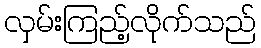
လှမ်းကြည့်လိုက်သည်